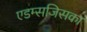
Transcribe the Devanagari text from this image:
एडम्सजिसका